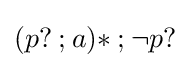
({p?\mathbin {;} a)*}\mathbin {;} \neg p?\,\!